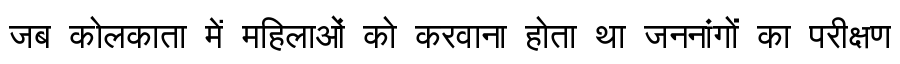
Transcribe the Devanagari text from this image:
जब कोलकाता में महिलाओं को करवाना होता था जननांगों का परीक्षण